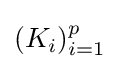
(K_{i})_{i=1}^{p}